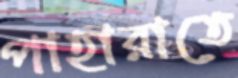
পাহারাতে